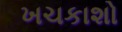
ખચકાશો